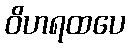
ဝိဟရထပေ